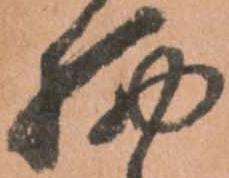
柄